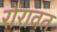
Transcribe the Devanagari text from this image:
रोंरावत